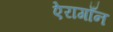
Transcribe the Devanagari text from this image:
ऐरागाँन